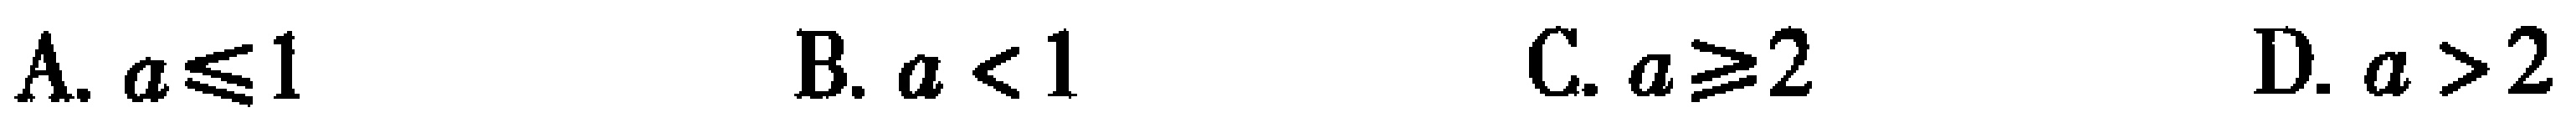
A. \(a\leqslant1\)  B. \(a < 1\)  C. \(a\geqslant2\)  D. \(a > 2\)